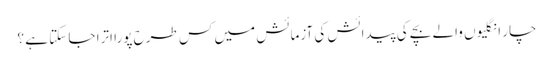
چار انگلیوں والے بچے کی پیدائش کی آزمائش میں کس طرح پورا اترا جا سکتا ہے ؟